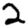
Digit: 2